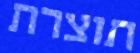
תוצרת